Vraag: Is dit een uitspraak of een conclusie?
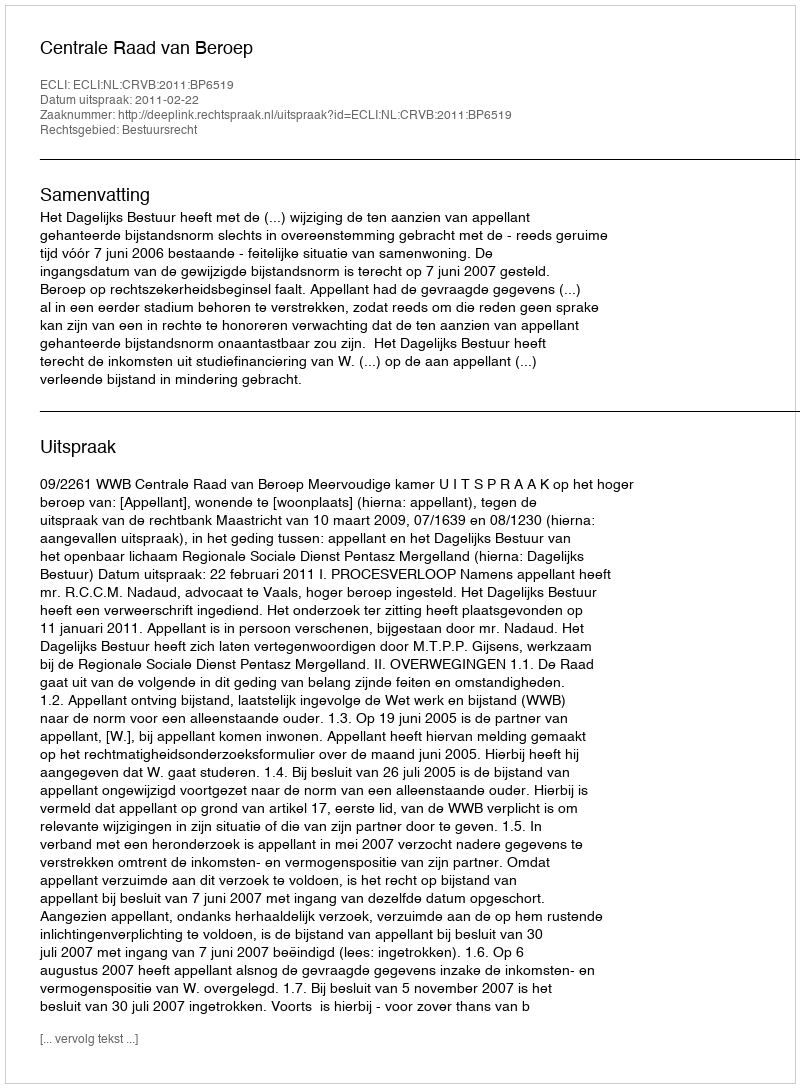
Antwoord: Uitspraak